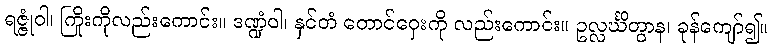
ရဇ္ဇုံဝါ၊ ကြိုးကိုလည်းကောင်း။ ဒဏ္ဍံဝါ၊ နှင်တံ တောင်ဝှေးကို လည်းကောင်း။ ဥလ္လင်္ဃိတွာန၊ ခုန်ကျော်၍။